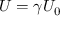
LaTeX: U = \gamma U _ { 0 }